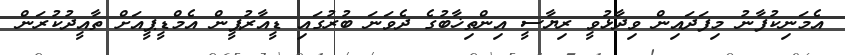
އެމަނިކުފާނު މިފަދައިން ވިދާޅުވީ ރިޔާސީ އިންތިޚާބުގެ ދެވަނަ ބުރުގައި ޑީއާރުޕީން އެމްޑީޕީއަށް ތާއީދުކުރަން